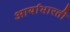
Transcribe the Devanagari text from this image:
आर्याभारती